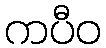
ကပီဝ